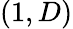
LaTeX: (1,D)